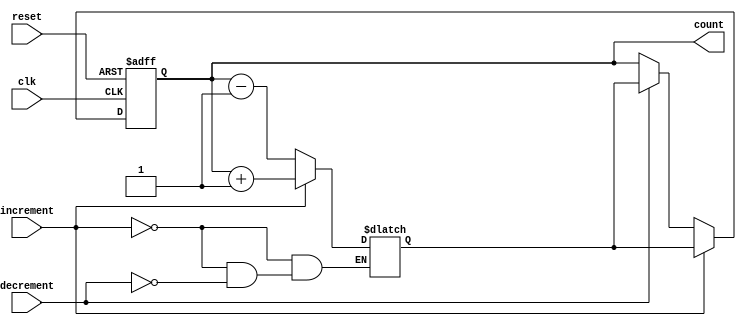
module Bidirectional_Gray_Counter (
    input wire clk,
    input wire reset,
    input wire increment,
    input wire decrement,
    output reg [3:0] count
);

reg [3:0] next_count;

always @ (posedge clk or posedge reset)
begin
    if (reset)
        count <= 4'b0000;
    else if (increment)
        count <= next_count;
    else if (decrement)
        count <= next_count;
end

always @ *
begin
    if (increment)
        next_count = count + 1;
    else if (decrement)
        next_count = count - 1;
end

endmodule